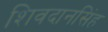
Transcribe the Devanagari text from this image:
शिवदानसिंह